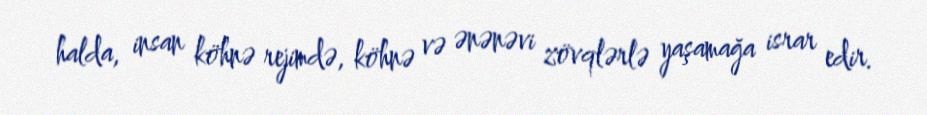
halda, insan köhnə rejimdə, köhnə və ənənəvi zövqlərlə yaşamağa israr edir.